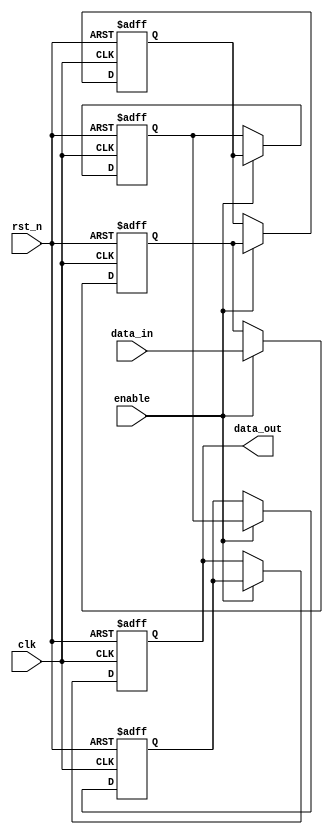
module multistage_register #(
    parameter STAGES = 4,        // Number of stages
    parameter WIDTH = 8          // Width of the data bus
)(
    input wire clk,              // Clock signal
    input wire rst_n,            // Active-low reset signal
    input wire enable,           // Enable signal
    input wire [WIDTH-1:0] data_in, // Input data bus
    output reg [WIDTH-1:0] data_out // Output data bus
);

    // Internal register array to hold data for each stage
    reg [WIDTH-1:0] registers [0:STAGES-1];

    integer i;

    // Sequential logic for data transfer and reset
    always @(posedge clk or negedge rst_n) begin
        if (!rst_n) begin
            // Reset all stages to zero
            for (i = 0; i < STAGES; i = i + 1) begin
                registers[i] <= {WIDTH{1'b0}};
            end
            data_out <= {WIDTH{1'b0}};
        end else if (enable) begin
            // Shift data through the stages
            registers[0] <= data_in; // Capture input data in the first stage
            for (i = 1; i < STAGES; i = i + 1) begin
                registers[i] <= registers[i-1]; // Shift data from previous stage
            end
            data_out <= registers[STAGES-1]; // Output from the final stage
        end
    end

endmodule